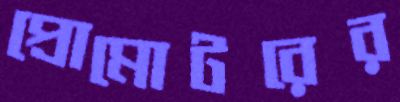
প্রোমোটরের